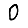
Digit: 0